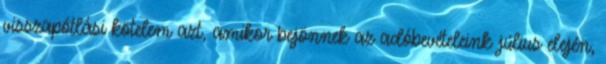
visszapótlási kötelem azt, amikor bejönnek az adóbevételeink július elején,